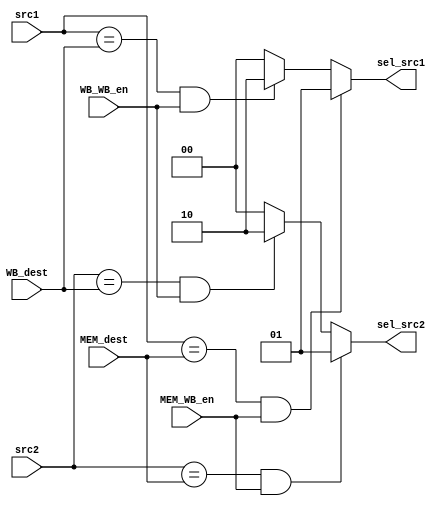
module forwardingUnit(src1, src2, MEM_dest, WB_dest, MEM_WB_en, WB_WB_en, sel_src1, sel_src2);
    input [3:0] src1, src2, MEM_dest, WB_dest;
    input MEM_WB_en, WB_WB_en;
    output reg [1:0] sel_src1, sel_src2;

    always @(*) begin
        sel_src1 = 2'b00;
        sel_src2 = 2'b00;
        if ((src1 == MEM_dest) && (MEM_WB_en == 1'b1))
            sel_src1 = 2'b01;
        else if ((src1 == WB_dest) && (WB_WB_en == 1'b1))
            sel_src1 = 2'b10;
        if ((src2 == MEM_dest) && (MEM_WB_en == 1'b1))
            sel_src2 = 2'b01;
        else if ((src2 == WB_dest) && (WB_WB_en == 1'b1))
            sel_src2 = 2'b10;
    end
endmodule